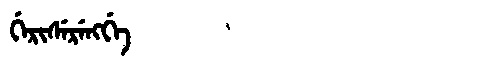
Manchu: ᡤᡝᡵᡳᠰᡝᡵᡝᠩᡤᡝ
Romanization: GERISERENGGE